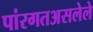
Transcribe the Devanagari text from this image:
पांरगतअसलेले